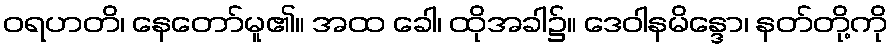
ဝရဟတိ၊ နေတော်မူ၏။ အထ ခေါ၊ ထိုအခါ၌။ ဒေဝါနမိန္ဒော၊ နတ်တို့ကို